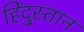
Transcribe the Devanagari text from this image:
हिंदु्स्तान